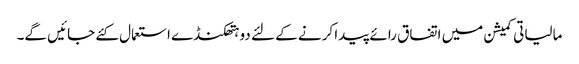
مالیاتی کمیشن میں اتفاق رائے پیدا کرنے کے لئے دو ہتھکنڈے استعمال کئے جائیں گے۔